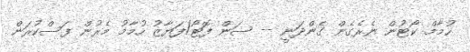
ހުމާމް ކޯޓުން ނެރެގެން ގެންދަނީ -- ސަން ފޮޓޯ/ފަޔާޒު ހުމާމު މެރުން ފަސްކުރަން